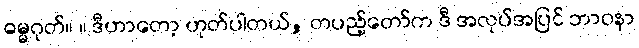
ဓမ္မဂုတ်။ ။ ဒီဟာတော့ ဟုတ်ပါတယ်, တပည့်တော်က ဒီ အလုပ်အပြင် ဘာဝနာ